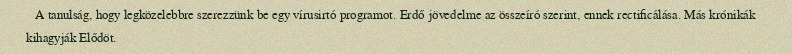
A tanulság, hogy legközelebbre szerezzünk be egy vírusirtó programot. Erdő jövedelme az összeíró szerint, ennek rectificálása. Más krónikák kihagyják Elődöt.